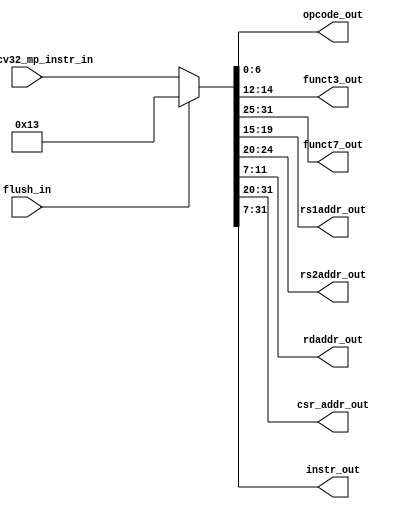
`timescale 1ns / 1ps
//////////////////////////////////////////////////////////////////////////////////
// Company: Maven Silicon -VIT Vellore
// 
// Design Name: Instruction mux
// Module Name: msrv32_instruction_mux
// Project Name: RSIC -V 32I
// Target Devices: 
// Tool Versions: Achyut's Vivado
// Description: 
// RTL / design code
// Dependencies: 
// 
// Revision:
// Revision 0.01 - File Created
// Additional Comments:
// 
//////////////////////////////////////////////////////////////////////////////////


module msrv32_instruction_mux(flush_in, ms_riscv32_mp_instr_in, opcode_out, funct3_out, funct7_out, rs1addr_out, rs2addr_out, rdaddr_out, csr_addr_out, instr_out);
input flush_in;
input [31:0] ms_riscv32_mp_instr_in;

output [6:0] opcode_out;
output [2:0] funct3_out;
output [6:0] funct7_out; 
output [4:0] rs1addr_out; 
output [4:0] rs2addr_out;
output [4:0] rdaddr_out;
output [11:0] csr_addr_out;
output [24:0]  instr_out;
wire [31:0] instr_mux;
assign  instr_mux = (flush_in)? 32'h00000013 : ms_riscv32_mp_instr_in;
assign opcode_out = instr_mux[6:0];
assign funct3_out = instr_mux[14:12];
assign funct7_out = instr_mux[31:25];
assign rs1addr_out = instr_mux[19:15];
assign rs2addr_out = instr_mux[24:20];
assign rdaddr_out = instr_mux[11:7];
assign csr_addr_out = instr_mux[31:20];
assign instr_out = instr_mux[31:7];
endmodule